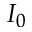
I _ { 0 }